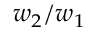
{ w _ { 2 } / w _ { 1 } }